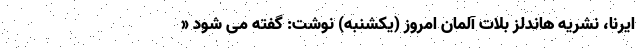
ایرنا، نشریه هاندلز بلات آلمان امروز (یکشنبه) نوشت: گفته می شود «